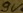
Text: 9V